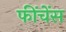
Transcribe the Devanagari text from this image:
फींचेंस